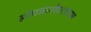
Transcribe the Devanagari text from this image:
ओपनजीएलच्या